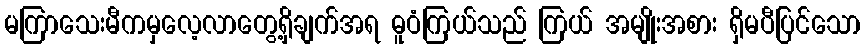
မကြာသေးမီကမှလေ့လာတွေ့ရှိချက်အရ ဓူဝံကြယ်သည် ကြယ် အမျိုးအစား ရှိမပီပြင်သော